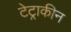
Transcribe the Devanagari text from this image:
टेट्राकीन